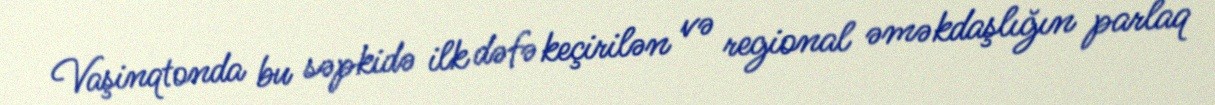
Vaşinqtonda bu səpkidə ilk dəfə keçirilən və regional əməkdaşlığın parlaq